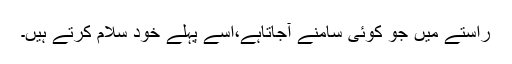
راستے میں جو کوئی سامنے آجاتاہے،اسے پہلے خود سلام کرتے ہیں۔